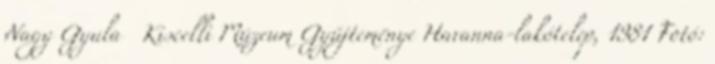
Nagy Gyula Kiscelli Múzeum Gyűjteménye Havanna-lakótelep, 1981 Fotó: